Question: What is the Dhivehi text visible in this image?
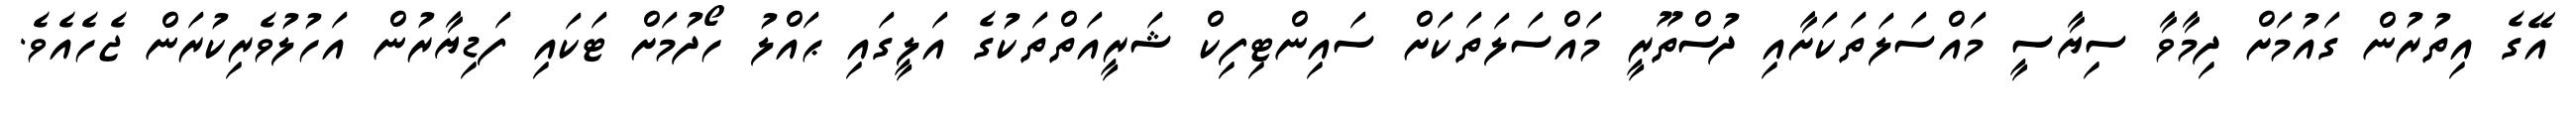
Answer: އޭގެ އިތުރުން ގައުމަށް ދިމާވާ ސިޔާސީ މައްސަލަތަކަށާއި ދުސްތޫރީ މައްސަލަތަކަށް ސައިންޓިފިކް ޝަރީއަތްތަކުގެ އަލީގައި ޙައްލު ހޯދުމަށް ޓަކައި ފަޑިޔާރުން އަހުލުވެރިކުރަން ޖެހެއެވެ.